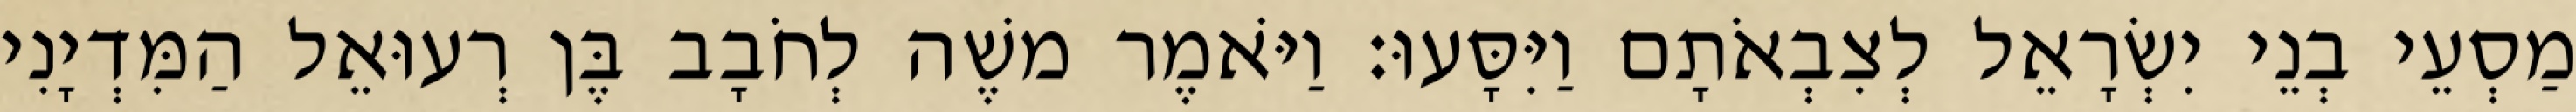
מַסְעֵי בְנֵי יִשְׂרָאֵל לְצִבְאֹתָם וַיִּסָּעוּ׃ וַיֹּאמֶר משֶׁה לְחֹבָב בֶּן רְעוּאֵל הַמִּדְיָנִי